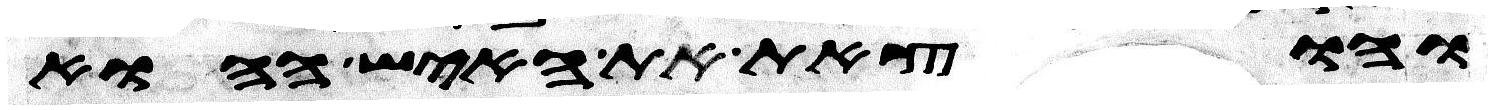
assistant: והוצאת את האיש ההוא